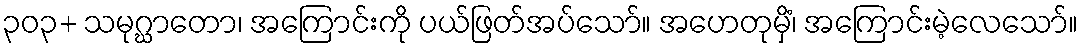
၃၀၃+ သမုဂ္ဃာတော၊ အကြောင်းကို ပယ်ဖြတ်အပ်သော်။ အဟေတုမှိံ၊ အကြောင်းမဲ့လေသော်။